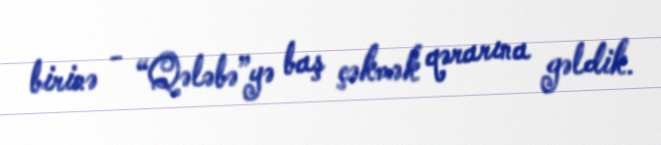
birinə - “Qələbə”yə baş çəkmək qərarına gəldik.